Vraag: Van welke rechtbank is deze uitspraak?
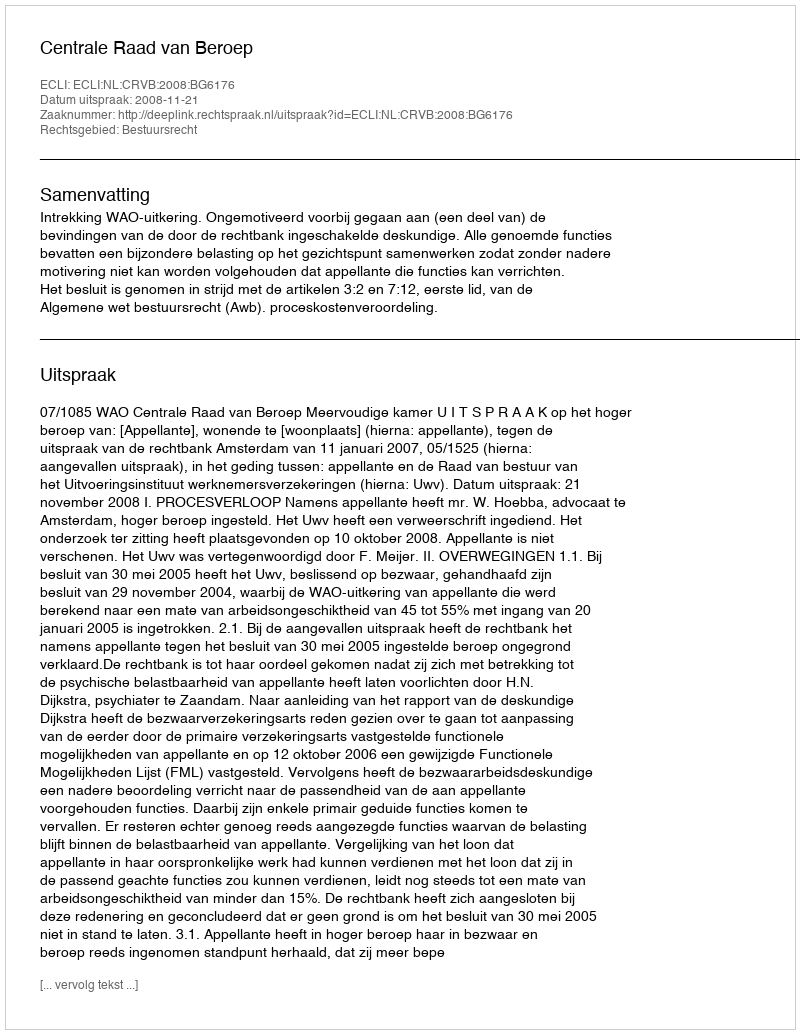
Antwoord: Centrale Raad van Beroep